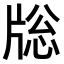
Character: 𤗉